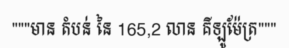
"""មាន តំបន់ នៃ 165,2 លាន គីឡូម៉ែត្រ"""